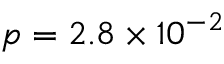
p = 2 . 8 \times 1 0 ^ { - 2 }